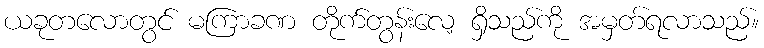
ယခုတလောတွင် မကြာခဏ တိုက်တွန်းလေ့ ရှိသည်ကို အမှတ်ရလာသည်။